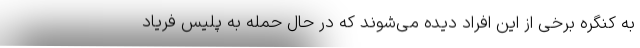
به کنگره برخی از این افراد دیده می‌شوند که در حال حمله به پلیس فریاد